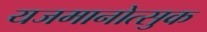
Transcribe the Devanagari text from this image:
यजमानोत्सुक